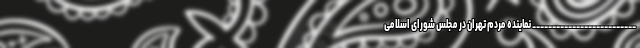
__________________________ نماینده مردم تهران در مجلس شورای اسلامی